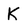
Character: K